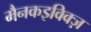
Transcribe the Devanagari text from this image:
मैनकइविक्ज़